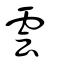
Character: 雲